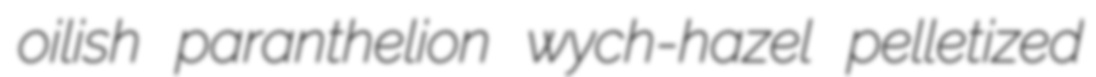
oilish paranthelion wych-hazel pelletized